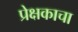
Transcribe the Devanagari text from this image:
प्रेक्षकाचा